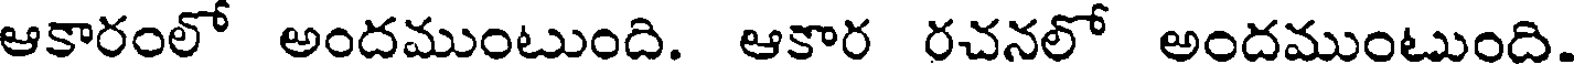
ఆకారంలో అందముంటుంది. ఆకార రచనలో అందముంటుంది.